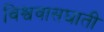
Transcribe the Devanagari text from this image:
विश्ववासघाती